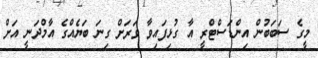
މީގެ ސަބަބުން އިންޑަސްޓްރީ އާ ގުޅިފައިވާ ވަރަށް ގިނަ ބަޔެއްގެ އާމްދަނީ އަށް